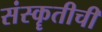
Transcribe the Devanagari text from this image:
संस्कॄतीची